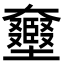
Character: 𡚛